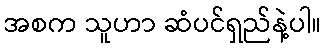
အစက သူဟာ ဆံပင်ရှည်နဲ့ပါ။